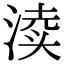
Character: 渎